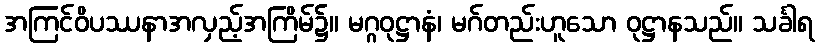
အကြင်ဝိပဿနာအလှည့်အကြိမ်၌။ မဂ္ဂဝုဋ္ဌာနံ၊ မဂ်တည်းဟူသော ဝုဋ္ဌာနသည်။ သင်္ခါရ